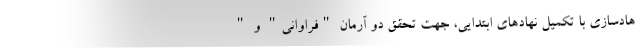
هادسازی با تکمیل نهادهای ابتدایی، جهت تحقق دو آرمان "فراوانی" و "